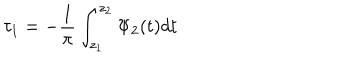
LaTeX: \tau _ { 1 } = - \frac { 1 } { \pi } \int _ { z _ { 1 } } ^ { z _ { 2 } } \Psi _ { 2 } ( t ) d t